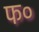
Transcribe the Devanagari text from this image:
फ०